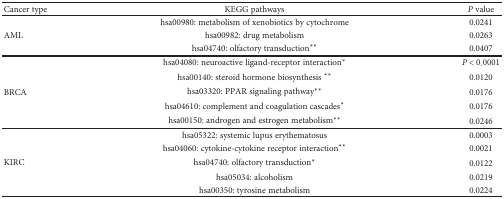
<table><thead><tr><td><b>Cancer type</b></td><td><b>KEGG pathways</b></td><td><b><i>P</i> value</b></td></tr></thead><tbody><tr><td rowspan="3">AML</td><td>hsa00980: metabolism of xenobiotics by cytochrome</td><td>0.0241</td></tr><tr><td>hsa00982: drug metabolism</td><td>0.0263</td></tr><tr><td>hsa04740: olfactory transduction<sup>∗∗</sup></td><td>0.0407</td></tr><tr><td rowspan="5">BRCA</td><td>hsa04080: neuroactive ligand-receptor interaction<sup>∗</sup></td><td><i>P</i> &lt; 0.0001</td></tr><tr><td>hsa00140: steroid hormone biosynthesis <sup>∗∗</sup></td><td>0.0120</td></tr><tr><td>hsa03320: PPAR signaling pathway<sup>∗∗</sup></td><td>0.0176</td></tr><tr><td>hsa04610: complement and coagulation cascades<sup>∗</sup></td><td>0.0176</td></tr><tr><td>hsa00150: androgen and estrogen metabolism<sup>∗∗</sup></td><td>0.0246</td></tr><tr><td rowspan="5">KIRC</td><td>hsa05322: systemic lupus erythematosus</td><td>0.0003</td></tr><tr><td>hsa04060: cytokine-cytokine receptor interaction<sup>∗∗</sup></td><td>0.0021</td></tr><tr><td>hsa04740: olfactory transduction<sup>∗</sup></td><td>0.0122</td></tr><tr><td>hsa05034: alcoholism</td><td>0.0219</td></tr><tr><td>hsa00350: tyrosine metabolism</td><td>0.0224</td></tr></tbody></table>